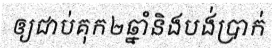
ឲ្យជាប់គុក២ឆ្នាំនិងបង់ប្រាក់